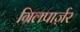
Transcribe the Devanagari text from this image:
ग्रिलपार्ज़र